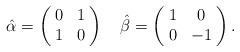
LaTeX: \begin{align*}\hat{\alpha} = \left(\!\begin{array}{cc}0 & 1 \\1 & 0\end{array}\!\right) \quad\hat{\beta} = \left(\!\begin{array}{cc}1 & 0 \\0 & -1\end{array}\!\right).\end{align*}